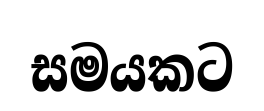
සමයකට